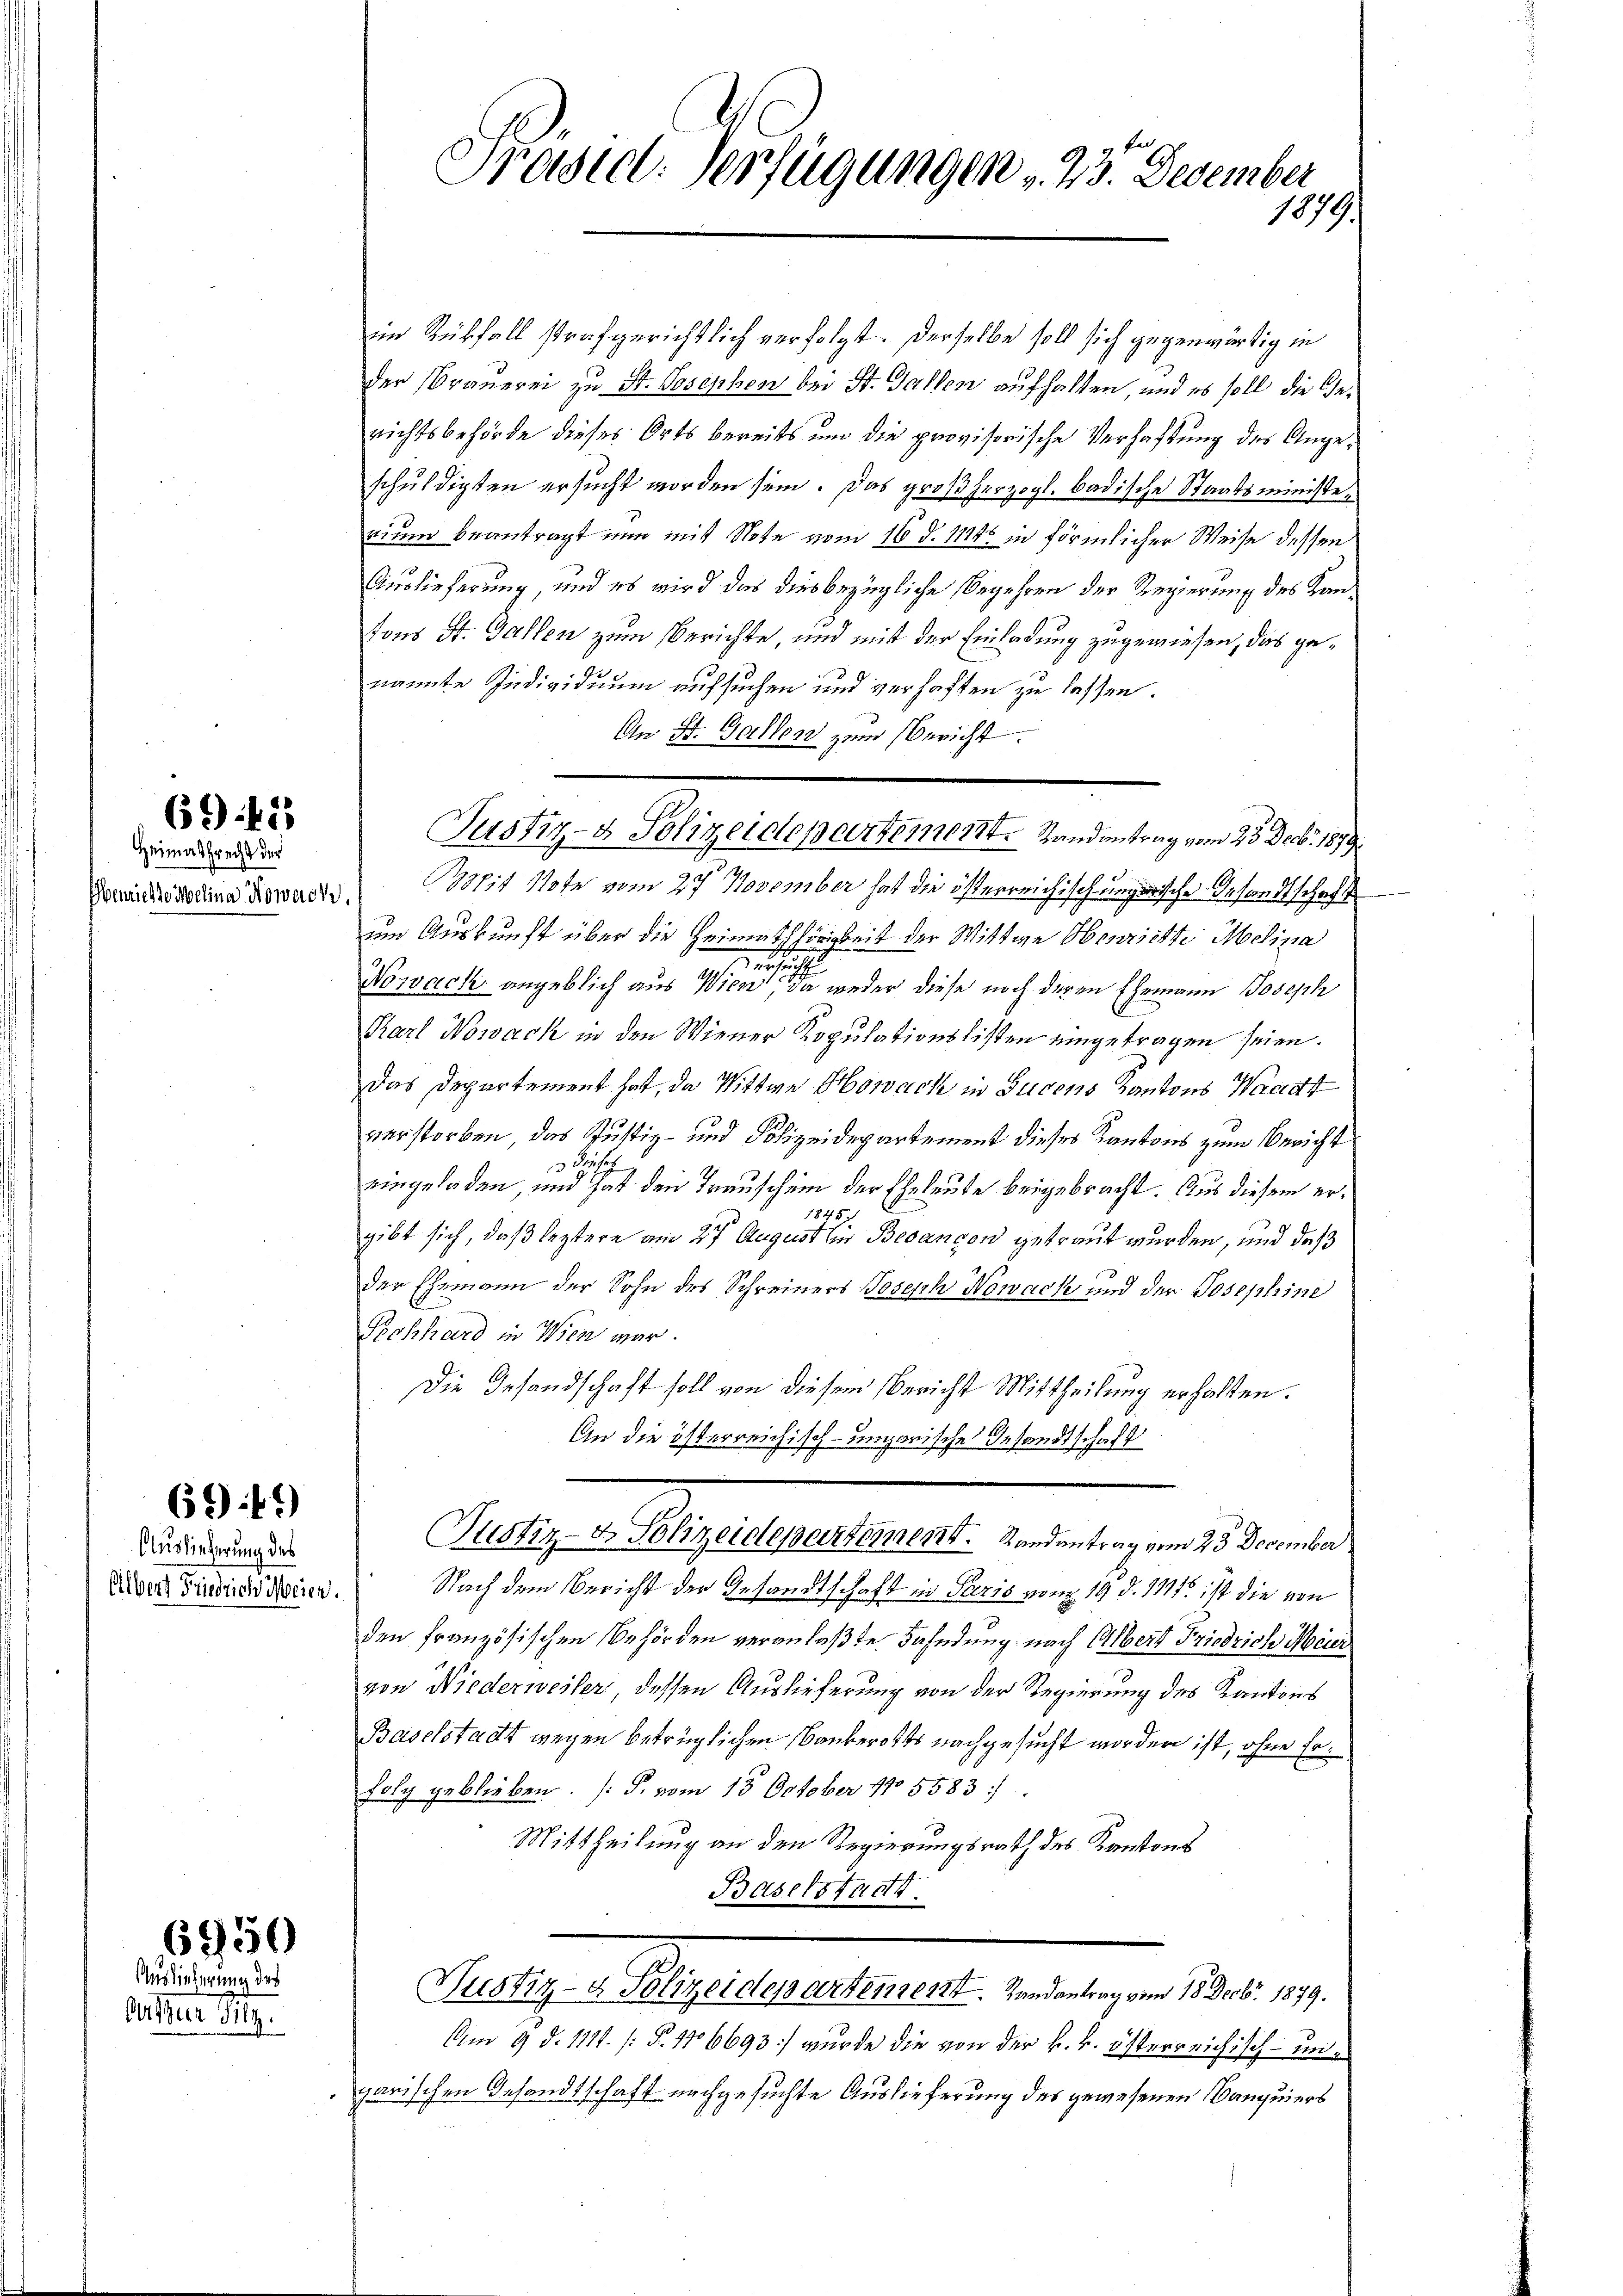
Heimathrecht der
Geniesse Melina Nowach

6942

6949)

Auslieferung des

6950

Auslieferung des
dotten Sitz

f
Prädial-Verfügungen v. 23. Dezember
1879.

im Rückfall strafgerichtlich verfolgt. Derselbe soll sich gegenwärtig in
der Brauerei zu St. Josephon bei St. Gallen aufhalten, und es soll die Gerichtsbehörde dieses Orts bereits um die provisorische Verhaftung des Angeschuldigten ersucht worden sein. Das großherzogl. badische Staatsministerium beantragt nun mit Note vom 16. d. 114. in förmlicher Weise dessen
Auslieferung, und es wird das dies bezügliche Begehren der Regierung des Kantons St. Gallen zum Berichte, und mit der Einladung zugewiesen, das genannte Individuum aufsuchen und verhaften zu lassen.
An St. Gallen zum Bericht.
Bpit Note vom 27. November hat die österreichisch unzwische Gesandtschaft
um Auskunft über die Heimathörigkeit der Wittwe Henriette Melina
n
Nowach angeblich aus Wien, da weder diese noch deren Ehemann Joseph
Karl Nowack in den Wiener Kopulationslisten eingetragen seien.
Das Departement hat, da Wittwe Howach in Jugens Kantons Waadt
verstorben, das Justiz- und Polizeidepartement dieses Kantons zum Bericht
H
eingeladen, und hat den Trauschein der Eheleute beigebracht. Aus diesem er¬
1845.
gibt sich, daß leztere am 27 August in Besançon getraut wurden, und daß
der Ehemann der Sohn des Schreiners Joseph Nowach und der Josephine
Seckhard in Wien war.
Die Gesandschaft soll von diesem Bericht Mittheilung erhalten.
An die österreichisch-ungarische Gesandtschaft
Justiz- & Polizeidepartement.   Randantrag vom 23 December
Uber Findurch dorien. Nach dem Bericht der Gesandtschaft in Paris vom 19. d. 1111. ist die von
den französischen Behörden veranlaßte Fahndung nach Albert Friedrich Meier
von Niederweiler dessen Auslieferung von der Regierung des Kantons
Baselstadt wegen betrüglichen Bauberotts nachgesucht worden ist, ohne Erfolg geblieben. [S. vom 13. October 175583:
Mittheilung an den Regierungsrath des Kantons

Justiz- & Polizeidepartement. Landantrag vom 23. Decbr. 1879

Justiz- & Polizeidepartement. Landantrag vom 18. Decbr. 1879.

Am 9. d. 1111. (§. 116693] wurde die von der k. k. österreichisch-ungarischen Gesandtschaft nachgesuchte Auslieferung des gewesenen Banquiers